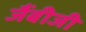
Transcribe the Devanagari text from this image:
जैंबीजी